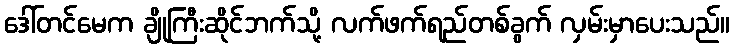
ဒေါ်တင်မေက ချိုကြီးဆိုင်ဘက်သို့ လက်ဖက်ရည်တစ်ခွက် လှမ်းမှာပေးသည်။